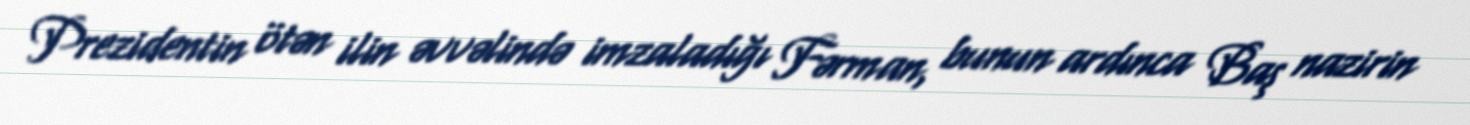
Prezidentin ötən ilin əvvəlində imzaladığı Fərman, bunun ardınca Baş nazirin